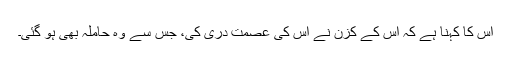
اس کا کہنا ہے کہ اُس کے کزن نے اس کی عصمت دری کی، جس سے وہ حاملہ بھی ہو گئی۔